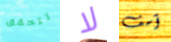
تتحقق لا آسف